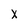
Character: X